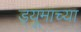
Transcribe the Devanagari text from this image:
ड्यूमाच्या